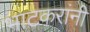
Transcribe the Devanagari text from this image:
भाटकरांनी